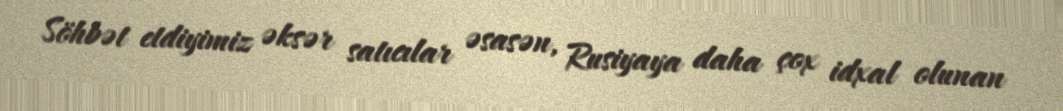
Söhbət etdiyimiz əksər satıcılar əsasən, Rusiyaya daha çox idxal olunan